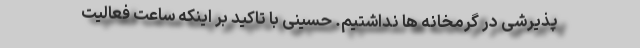
پذیرشی در گرمخانه ها نداشتیم. حسینی با تاکید بر اینکه ساعت فعالیت